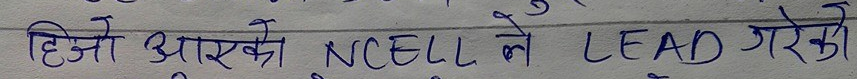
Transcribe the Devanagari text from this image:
हिजो आएको NCELL ले LEAD गरेको